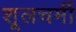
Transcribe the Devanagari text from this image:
शूलचर्मी